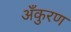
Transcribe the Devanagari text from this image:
अँकुरण